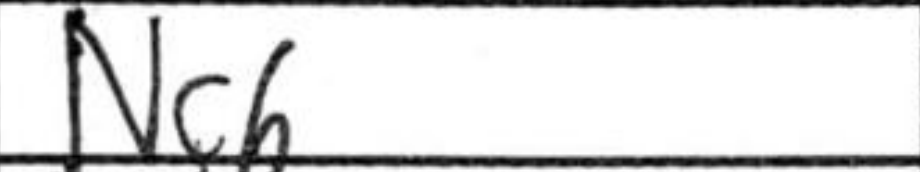
Transcription: Nc6